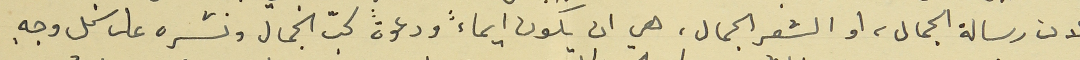
لان رسالة الجمال، او الشعر الجمال، هي ان يكون ايماءً ودعوةً لحبّ الجمال ونشره على كل وجهٍ